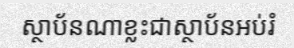
ស្ថាប័នណាខ្លះជាស្ថាប័នអប់រំ